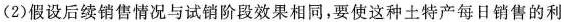
(2)假设后续销售情况与试销阶段效果相同，要使这种土特产每日销售的利